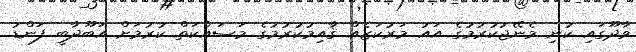
ވާދޫގައި ކުނި މެނޭޖުކުރުމުގެ އައު މަރުކަޒެއް ޤާއިމުކުރުމުގެ މަސައްކަތް ކުރުމަށް އަބޫދާބީ ފަންޑު